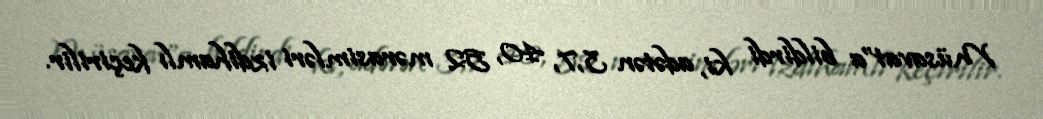
Müsavat”a bildirdi ki, adətən 3,7, 40, 52 mərasimləri izdihamlı keçirilir.